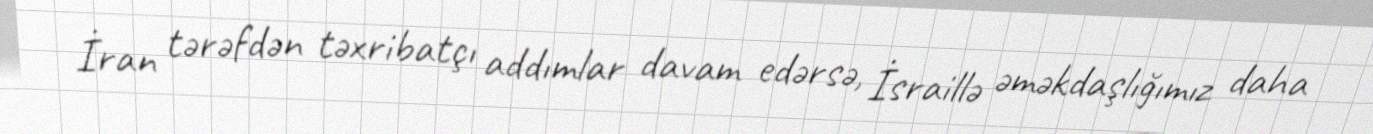
İran tərəfdən təxribatçı addımlar davam edərsə, İsraillə əməkdaşlığımız daha